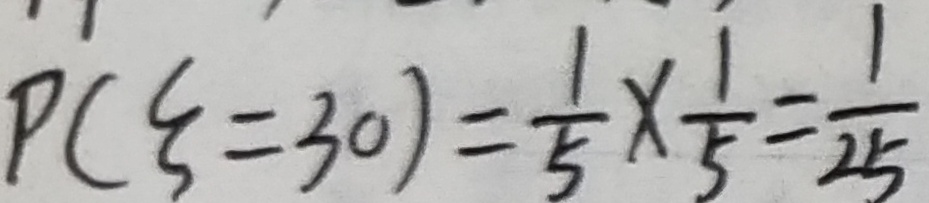
P ( \varepsilon = 3 0 ) = \frac { 1 } { 5 } \times \frac { 1 } { 5 } = \frac { 1 } { 2 5 }